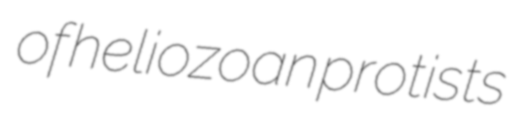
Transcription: of heliozoan protists